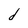
Character: d